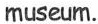
museum.